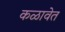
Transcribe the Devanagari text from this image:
कळावेत